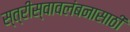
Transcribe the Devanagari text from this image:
स्त्रीस्वावलंबनासाठी